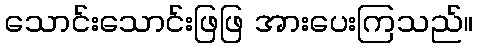
သောင်းသောင်းဖြဖြ အားပေးကြသည်။